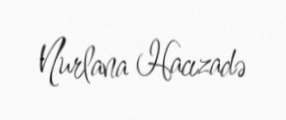
Nurlana Hacızadə